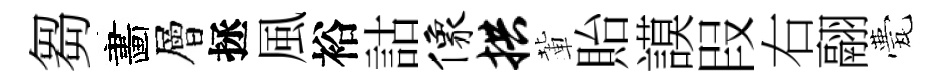
芻畵層拯風裕詁像拱輩貽謨叚右翮甍